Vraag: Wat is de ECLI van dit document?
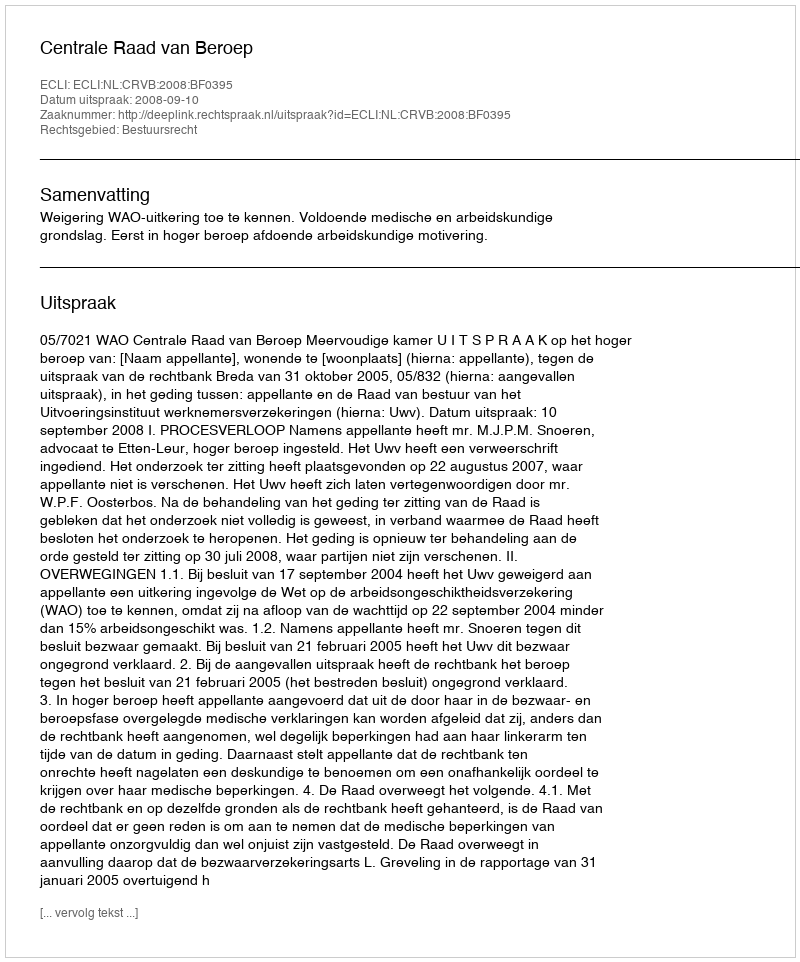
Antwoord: ECLI:NL:CRVB:2008:BF0395